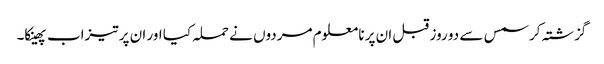
گزشتہ کرسمس سے دو روز قبل ان پر نا معلوم مردوں نے حملہ کیا اور ان پر تیزاب پھینکا۔